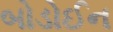
બોડોઈન